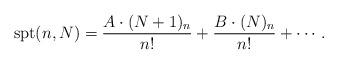
LaTeX: \begin{align*}\textup{spt}(n,N) = \frac{A\cdot (N+1)_n}{n!} + \frac{B\cdot (N)_n}{n!} + \cdots. \end{align*}